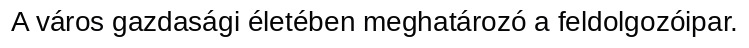
A város gazdasági életében meghatározó a feldolgozóipar.